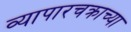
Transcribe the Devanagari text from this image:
व्यापारचक्राच्या